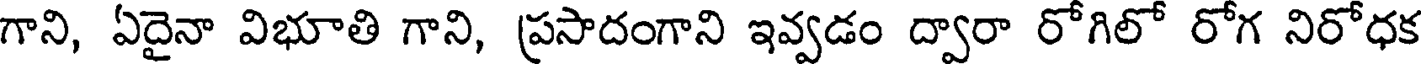
గాని, ఏదైనా విభూతి గాని, ప్రసాదంగాని ఇవ్వడం ద్వారా రోగిలో రోగ నిరోధక